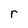
Character: r